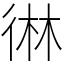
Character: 㣩